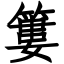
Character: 簍